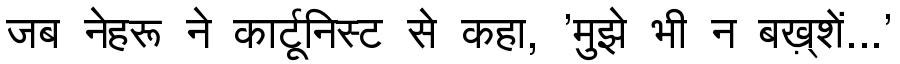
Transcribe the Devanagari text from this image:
जब नेहरू ने कार्टूनिस्ट से कहा, 'मुझे भी न बख़्शें...'